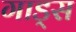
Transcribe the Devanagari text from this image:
गाड्स